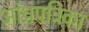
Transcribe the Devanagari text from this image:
आंध्रपत्रिका